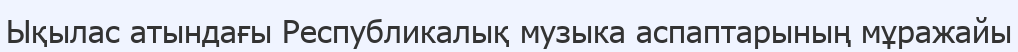
Ықылас атындағы Республикалық музыка аспаптарының мұражайы